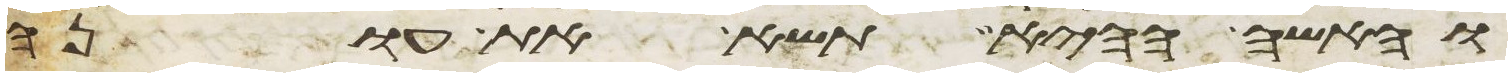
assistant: והאשה ההיא תשא את עונה